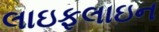
લાઇફલાઇન